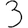
Digit: 3